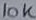
Text: 10K